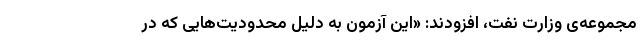
مجموعه‌ی وزارت نفت، افزودند: «این آزمون به دلیل محدودیت‌هایی که در